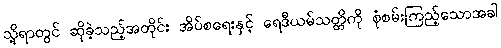
သို့ရာတွင် ဆိုခဲ့သည့်အတိုင်း အိပ်စရေးနှင့် ရေဒီယမ်သတ္တိကို စုံစမ်းကြည့်သောအခါ